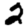
Digit: 2